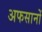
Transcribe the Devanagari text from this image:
अफसानों